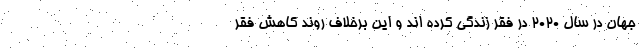
جهان در سال 2020 در فقر زندگی کرده اند و این برخلاف روند کاهش فقر